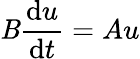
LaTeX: \mathit{B}{\frac{{\mathrm{{d}}u}}{{\mathrm{{d}}t}}}=Au